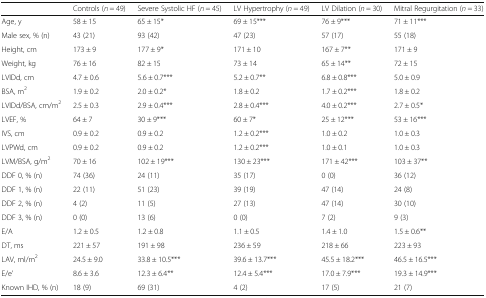
<table><thead><tr><td></td><td><b>Controls (<i>n</i> = 49)</b></td><td><b>Severe Systolic HF (<i>n</i> = 45)</b></td><td><b>LV Hypertrophy (<i>n</i> = 49)</b></td><td><b>LV Dilation (<i>n</i> = 30)</b></td><td><b>Mitral Regurgitation (<i>n</i> = 33)</b></td></tr></thead><tbody><tr><td>Age, y</td><td>58 ± 15</td><td>65 ± 15*</td><td>69 ± 15***</td><td>76 ± 9***</td><td>71 ± 11***</td></tr><tr><td>Male sex, % (n)</td><td>43 (21)</td><td>93 (42)</td><td>47 (23)</td><td>57 (17)</td><td>55 (18)</td></tr><tr><td>Height, cm</td><td>173 ± 9</td><td>177 ± 9*</td><td>171 ± 10</td><td>167 ± 7**</td><td>171 ± 9</td></tr><tr><td>Weight, kg</td><td>76 ± 16</td><td>82 ± 15</td><td>73 ± 14</td><td>65 ± 14**</td><td>72 ± 15</td></tr><tr><td>LVIDd, cm</td><td>4.7 ± 0.6</td><td>5.6 ± 0.7***</td><td>5.2 ± 0.7**</td><td>6.8 ± 0.8***</td><td>5.0 ± 0.9</td></tr><tr><td>BSA, m<sup>2</sup></td><td>1.9 ± 0.2</td><td>2.0 ± 0.2*</td><td>1.8 ± 0.2</td><td>1.7 ± 0.2***</td><td>1.8 ± 0.2</td></tr><tr><td>LVIDd/BSA, cm/m<sup>2</sup></td><td>2.5 ± 0.3</td><td>2.9 ± 0.4***</td><td>2.8 ± 0.4***</td><td>4.0 ± 0.2***</td><td>2.7 ± 0.5*</td></tr><tr><td>LVEF, %</td><td>64 ± 7</td><td>30 ± 9***</td><td>60 ± 7*</td><td>25 ± 12***</td><td>53 ± 16***</td></tr><tr><td>IVS, cm</td><td>0.9 ± 0.2</td><td>0.9 ± 0.2</td><td>1.2 ± 0.2***</td><td>1.0 ± 0.2</td><td>1.0 ± 0.3</td></tr><tr><td>LVPWd, cm</td><td>0.9 ± 0.2</td><td>0.9 ± 0.2</td><td>1.2 ± 0.2***</td><td>1.0 ± 0.1</td><td>1.0 ± 0.3</td></tr><tr><td>LVM/BSA, g/m<sup>2</sup></td><td>70 ± 16</td><td>102 ± 19***</td><td>130 ± 23***</td><td>171 ± 42***</td><td>103 ± 37**</td></tr><tr><td>DDF 0, % (n)</td><td>74 (36)</td><td>24 (11)</td><td>35 (17)</td><td>0 (0)</td><td>36 (12)</td></tr><tr><td>DDF 1, % (n)</td><td>22 (11)</td><td>51 (23)</td><td>39 (19)</td><td>47 (14)</td><td>24 (8)</td></tr><tr><td>DDF 2, % (n)</td><td>4 (2)</td><td>11 (5)</td><td>27 (13)</td><td>47 (14)</td><td>30 (10)</td></tr><tr><td>DDF 3, % (n)</td><td>0 (0)</td><td>13 (6)</td><td>0 (0)</td><td>7 (2)</td><td>9 (3)</td></tr><tr><td>E/A</td><td>1.2 ± 0.5</td><td>1.2 ± 0.8</td><td>1.1 ± 0.5</td><td>1.4 ± 1.0</td><td>1.5 ± 0.6**</td></tr><tr><td>DT, ms</td><td>221 ± 57</td><td>191 ± 98</td><td>236 ± 59</td><td>218 ± 66</td><td>223 ± 93</td></tr><tr><td>LAV, ml/m<sup>2</sup></td><td>24.5 ± 9.0</td><td>33.8 ± 10.5***</td><td>39.6 ± 13.7***</td><td>45.5 ± 18.2***</td><td>46.5 ± 16.5***</td></tr><tr><td>E/e’</td><td>8.6 ± 3.6</td><td>12.3 ± 6.4**</td><td>12.4 ± 5.4***</td><td>17.0 ± 7.9***</td><td>19.3 ± 14.9***</td></tr><tr><td>Known IHD, % (n)</td><td>18 (9)</td><td>69 (31)</td><td>4 (2)</td><td>17 (5)</td><td>21 (7)</td></tr></tbody></table>